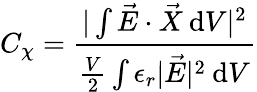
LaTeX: C_{\chi}=\frac{\vert\int\vec{E}\cdot\vec{X}\: \mathrm dV\vert^{2}}{\frac{V}{2}\int\epsilon_{r}\vert\vec{E}\vert^{2}\: \mathrm dV}